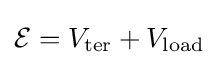
{\mathcal {E}}=V_{\mathrm {ter} }+V_{\mathrm {load} }\,\!